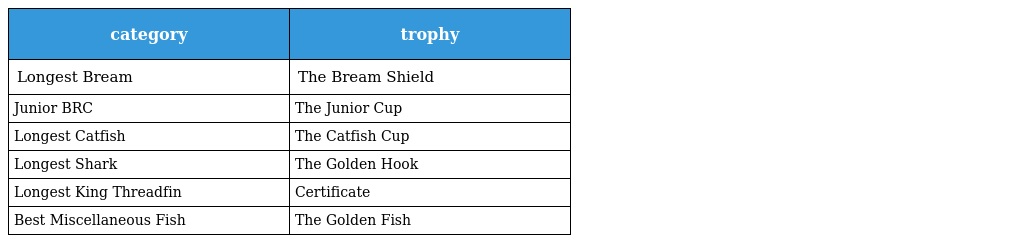
| category | trophy |
 | --- | --- |
 | Longest Bream | The Bream Shield |
 | Junior BRC | The Junior Cup |
 | Longest Catfish | The Catfish Cup |
 | Longest Shark | The Golden Hook |
 | Longest King Threadfin | Certificate |
 | Best Miscellaneous Fish | The Golden Fish |